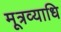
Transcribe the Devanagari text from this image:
मूत्रव्याधि